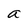
Character: a